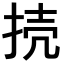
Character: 𢭜